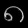
Digit: ၈